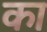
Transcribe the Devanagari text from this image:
का